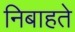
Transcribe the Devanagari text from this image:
निबाहते